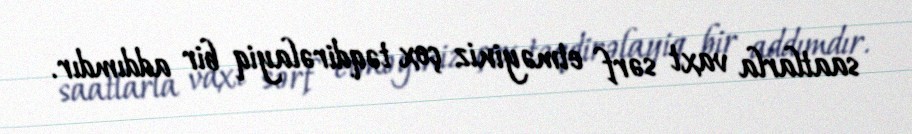
saatlarla vaxt sərf etməyiniz çox təqdirəlayiq bir addımdır.